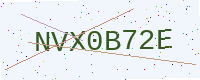
Text: NVX0B72E